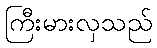
ကြီးမားလှသည်